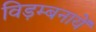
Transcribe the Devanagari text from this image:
विड़म्बनायें